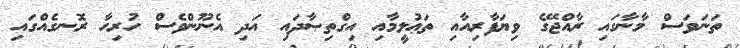
ތަނަވަސް މާނާގައި ރާއްޖޭގެ ވިޔަފާރިއާއި ތަޢުލީމާއި އިގްތިޞާދައި އަދި އެނޫންވެސް ހުރިހާ ރޮނގެއްގައި